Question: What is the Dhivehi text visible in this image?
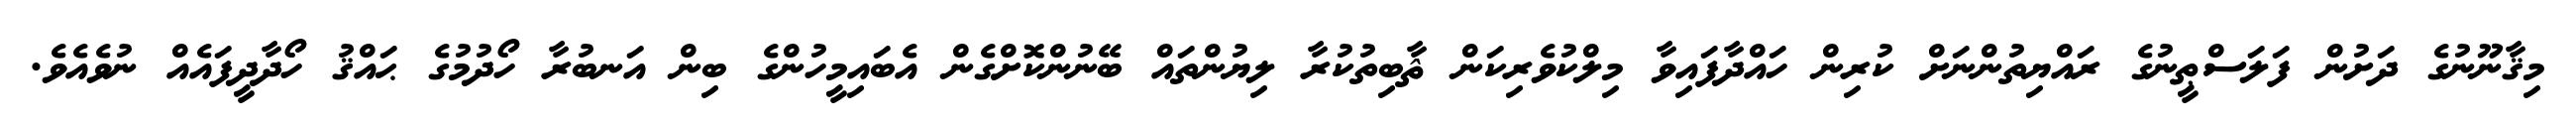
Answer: މިޤާނޫނުގެ ދަށުން ފަލަސްޠީނުގެ ރައްޔިތުންނަށް ކުރިން ހައްދާފައިވާ މިލްކުވެރިކަން ޘާބިތުކުރާ ލިޔުންތައް ބޭނުންކޮށްގެން އެބައިމީހުންގެ ބިން އަނބުރާ ހޯދުމުގެ ޙައްޤު ހޯދާދީފައެއް ނުވެއެވެ.